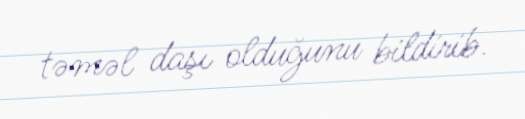
təməl daşı olduğunu bildirib.